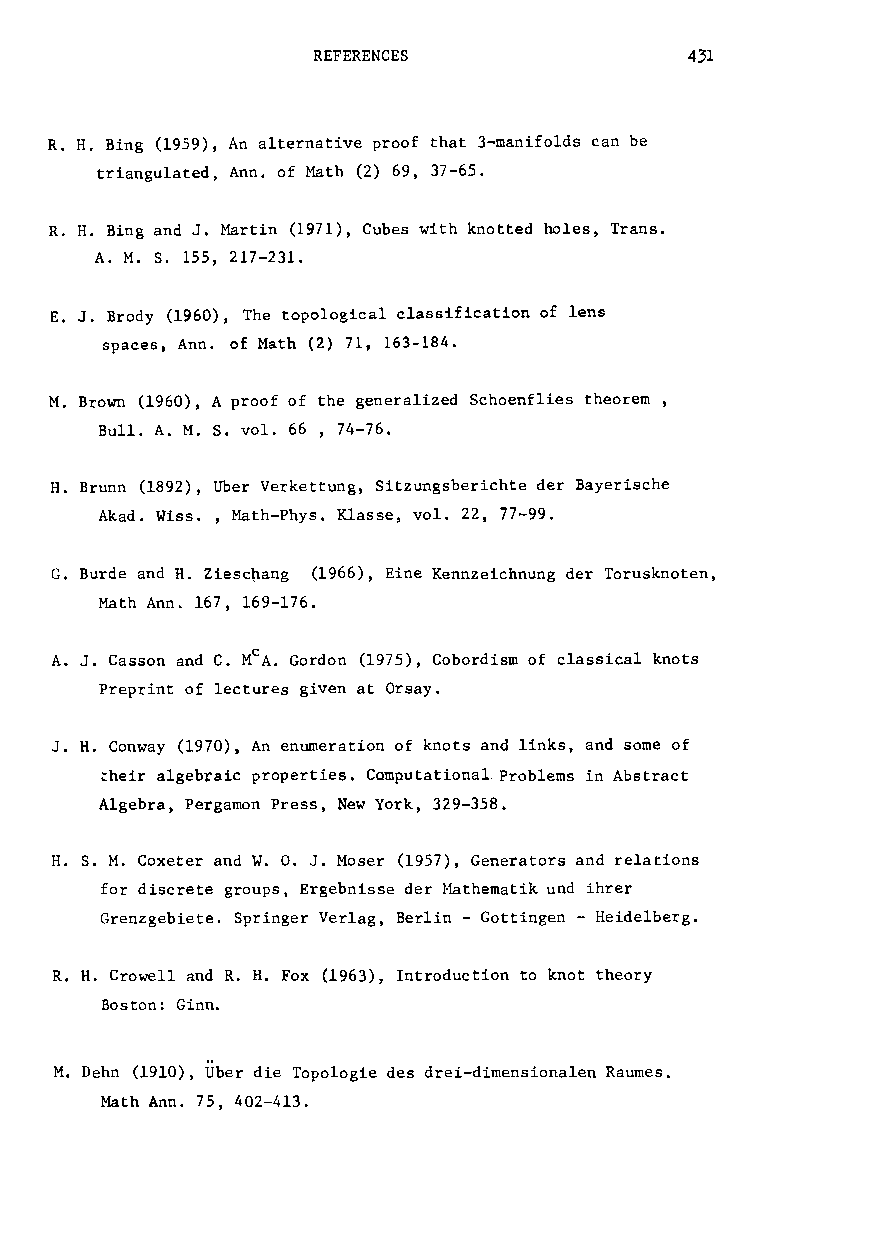
REFERENCES               4~
 R. H. Bing (1959), An alternative proof that 3-manifolds can be
 triangulated, Ann. of Math (2) 69, 37-65.
 R. H. Bing and J. Martin (1971), Cubes with knotted holes, Trans.
 A. M. S. 155, 217-231.
 E. J. Brody (1960), The topological classification of lens
 spaces, Ann. of Math (2) 71, 163-184.
 M. Brown (1960), A proof of the generalized Schoenflies theorem,
 Bull. A. M. S. vol. 66 , 74-76.
 H. Brunn (1892), Uber Verkettung, Sitzungsberichte der Bayerische
 Akad. Wiss. , Math-Phys. Klasse, vol. 22, 77-99.
 G. Burde and H. Ziesc~ang (1966), Eine Kennzeichnung der Torusknoten,
 Math Ann. 167, 169-176.
 A. J. Casson and C. MCA. Gordon (1975), Cobordism of classical knots
 Preprint of lectures given at Orsay.
 J. H. Conway (1970), An enumeration of knots and links, and some of
 ~heir algebraic properties. Computational. Problems in Abstract
 Algebra, Pergamon Press, New York, 329-358.
 H. S. M. Coxeter and W. o. J. Moser (1957), Generators and relations
 for disc~ete groups, Ergebnisse der ~~thematikund ihrer
 Grenzgebiete. Springer Verlag, Berlin - Gottingen - Heidelberg.
 R. H. Crowell and R. H. Fox (1963), Introduction to knot theory
 Boston: Ginn.
 M. Dehn (1910), Uber die Topologie des drei-dimensionalen Raumes.
 Math Ann. 75, 402-413.